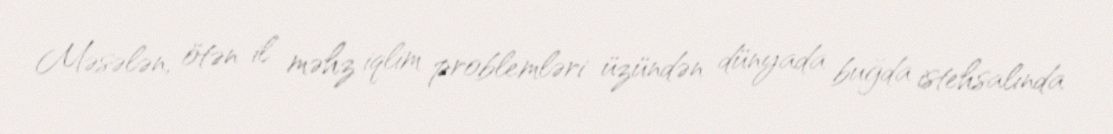
Məsələn, ötən il məhz iqlim problemləri üzündən dünyada buğda istehsalında